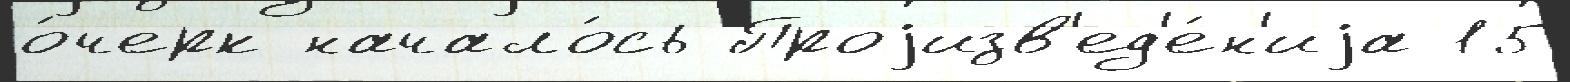
о́черк начало́сь Проjизв'ед'е́н'иjа 15